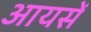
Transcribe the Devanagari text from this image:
आयसें